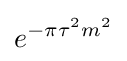
e^{-\pi \tau ^{2}m^{2}}